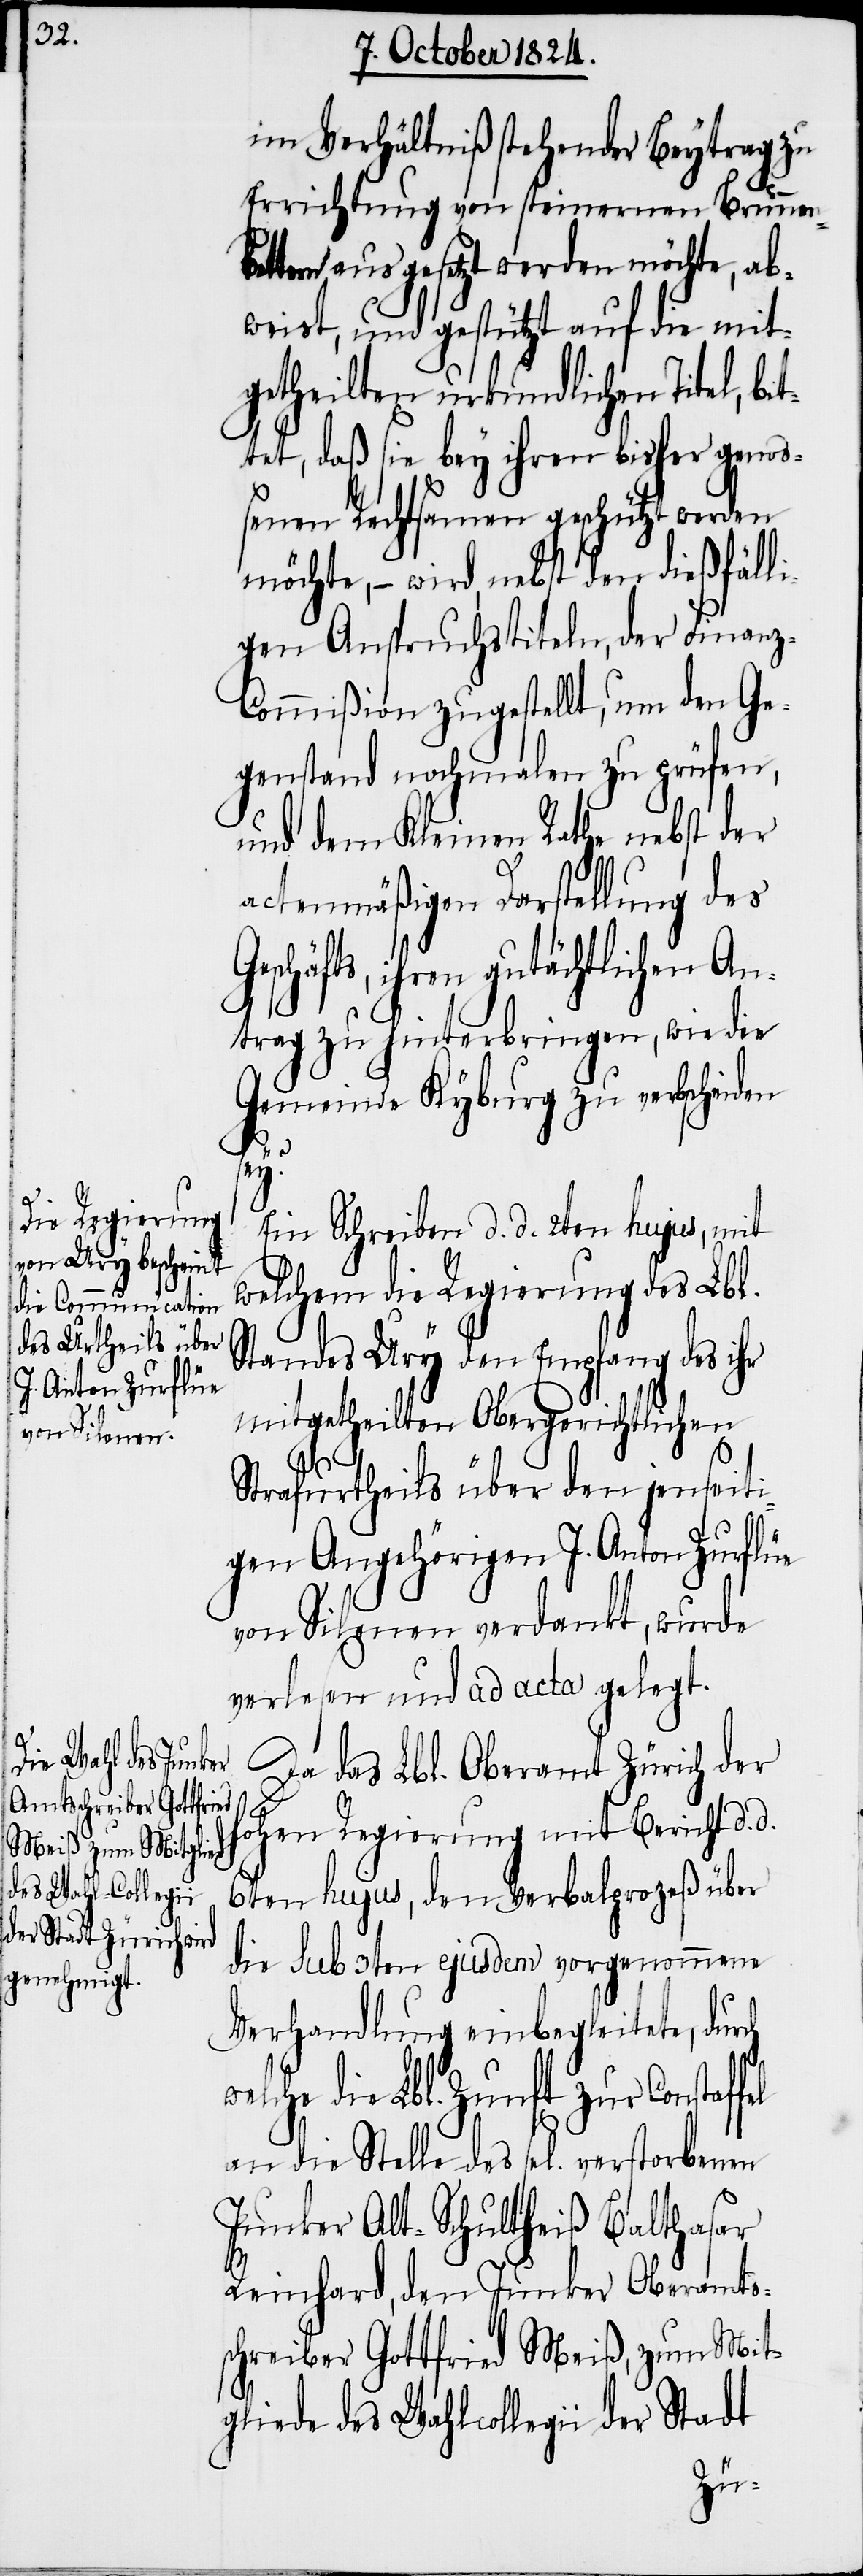
im Verhältniß stehender Beytrag zu
Errichtung von steinernen Brunnen¬
betten ausgesetzt werden möchte, ab¬
weist, und gestützt auf die mit¬
getheilten urkundlichen Titel, b¬
tet, daß sie bey ihren bisher genoß¬
enen Rechtsamen geschützt werden
möchte, – wird nebst den dießfälli¬
gen Anspruchstiteln, der Finan¬
z-Commißion zugestellt, um den Ge¬
genstand nochmalen zu prüfen,
und dem Kleinen Rathe nebst der
des
actenmäßigen Darstellung des
eschäfts, ihren gutächtlichen An¬
trag zu hinterbringen, wie die
Gemeinde Kyburg zu verbscheiden
d.
G¬
Ein Schreiben d. d. 2ten hujus, mit
welchem die Regierung des Lbl.
Standes Ury den Empfang des ihr
mitgetheilten Obergerichtlichen
Strafurtheils über den jenseiti¬
gen Angehörigen J. Anton Zurflüe
von Silenen verdankt, wurde
verlesen und ad acta gelegt.
Da das Lbl. Oberamt Zürich der
hohen Regierung mit Bericht d.
6ten hujus, dem Verbalprozeß über
die sub 3ten ejusdem vorgenommene
Verhandlung einbegleitete, dur¬
die Lbl. Zunft zur Constaf¬
Junker Alt-Schultheiß Balthasar
Reinhard, den Junker Oberamts¬
schreiber Gottfried Meiß, zum Mit¬
gliede des Wahlcollegii der Stadt